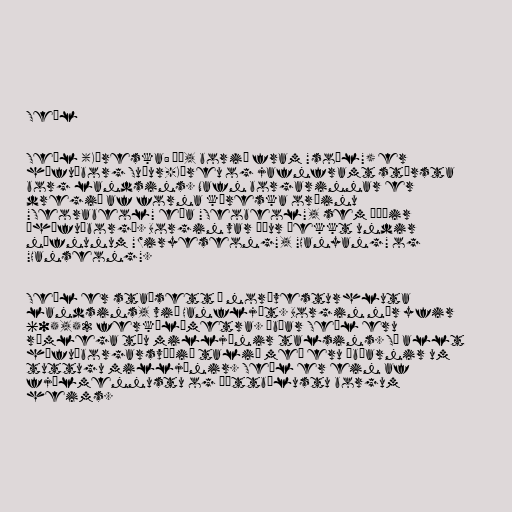
Seúl

Seúl (Kóreska: 서울, borið fram "soúl") er
höfuðborg Suður-Kóreu og jafnframt stærsta
borg landsins. Nafn borgarinnar er
dregið af forna kóreska orðinu
"Seorabeol" eða "Seobeol", sem þýðir
„höfuðborg“. Borgin var áður þekkt undir
nöfnunum "Wiryeseong", "Hanyang" og
"Hanseong".

Seúl er staðsett í norðvesturhluta
landsins, við Hanfljót. Borgin nær yfir
605,52 ferkílómetra. Íbúar Seúl eru
rúmlega tíu milljónir talsins. Sé allt
höfuðborgarsvæðið talið með eru íbúarnir um
tuttugu milljónir. Seúl er ein af
fjölmennustu og þéttbýlustu borgum
heims.